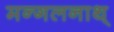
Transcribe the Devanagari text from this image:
मन्गलनाथ्